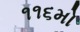
૧૧૬મો